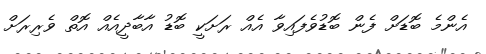
އެންމެ ބޮޑަށް ފެން ބޮޑުވެފައިވާ އެއް ރަށަކީ ބޮޑު އާބާދީއެއް އޮތް ވެރިރަށް